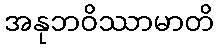
အနုဘဝိဿာမာတိ